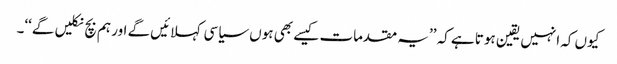
کیوں کہ انہیں یقین ہوتا ہے کہ ’’یہ مقدمات کیسے بھی ہوں سیاسی کہلائیں گے اور ہم بچ نکلیں گے‘‘۔